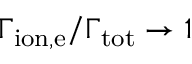
\Gamma _ { \mathrm { i o n , e } } / \Gamma _ { \mathrm { t o t } } \rightarrow 1